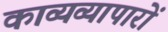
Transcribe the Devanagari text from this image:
काव्यव्यापारों